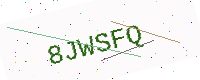
Text: 8JWSFQ